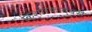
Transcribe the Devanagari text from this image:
किशोरकादंबरी